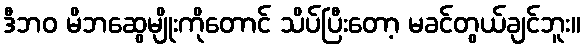
ဒီဘဝ မိဘဆွေမျိုးကိုတောင် သိပ်ပြီးတော့ မခင်တွယ်ချင်ဘူး။